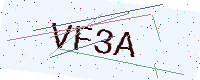
Text: VF3A